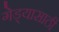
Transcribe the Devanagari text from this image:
गेड्यासाठी